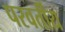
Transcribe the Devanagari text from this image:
परवर्तीय